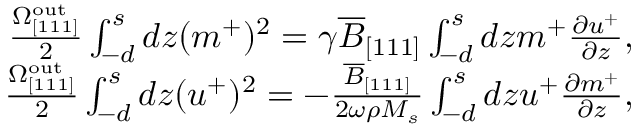
\begin{array} { r } { \frac { \Omega _ { \mathrm { [ 1 1 1 ] } } ^ { \mathrm { o u t } } } { 2 } \int _ { - d } ^ { s } d z ( m ^ { + } ) ^ { 2 } = \gamma \overline { { B } } _ { [ 1 1 1 ] } \int _ { - d } ^ { s } d z m ^ { + } \frac { \partial u ^ { + } } { \partial z } , } \\ { \frac { \Omega _ { \mathrm { [ 1 1 1 ] } } ^ { \mathrm { o u t } } } { 2 } \int _ { - d } ^ { s } d z ( u ^ { + } ) ^ { 2 } = - \frac { \overline { { B } } _ { [ 1 1 1 ] } } { 2 \omega \rho M _ { s } } \int _ { - d } ^ { s } d z u ^ { + } \frac { \partial m ^ { + } } { \partial z } , } \end{array}